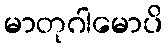
မာတုဂါမောပိ